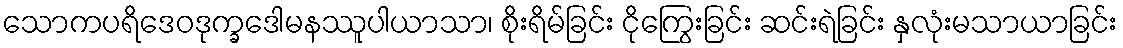
သောကပရိဒေဝဒုက္ခဒေါမနဿူပါယာသာ၊ စိုးရိမ်ခြင်း ငိုကြွေးခြင်း ဆင်းရဲခြင်း နှလုံးမသာယာခြင်း